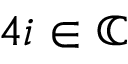
4 i \in \mathbb { C }